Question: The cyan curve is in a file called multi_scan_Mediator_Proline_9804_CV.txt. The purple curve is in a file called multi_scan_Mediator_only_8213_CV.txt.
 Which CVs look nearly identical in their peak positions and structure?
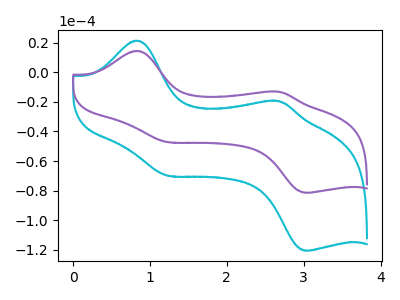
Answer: <think>The cyan curve "Mediator + Proline" has anodic peaks at (0.85V, 21.40uA) (2.70V, -19.55uA) and cathodic peaks at (1.25V, -69.80uA) (3.05V, -120.65uA). The purple curve "Mediator + only" has anodic peaks at (0.85V, 14.45uA) (2.70V, -13.20uA) and cathodic peaks at (1.25V, -47.15uA) (3.05V, -81.45uA).
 All the peaks in "Mediator + Proline" have a peak in "Mediator + only" at the same potential.</think>
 <answer>"Mediator + only" and "Mediator + Proline" have the same shape and are likely CV's of the same chemical.</answer>
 <eval>"Mediator + only" "Mediator + Proline"</eval>